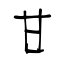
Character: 甘